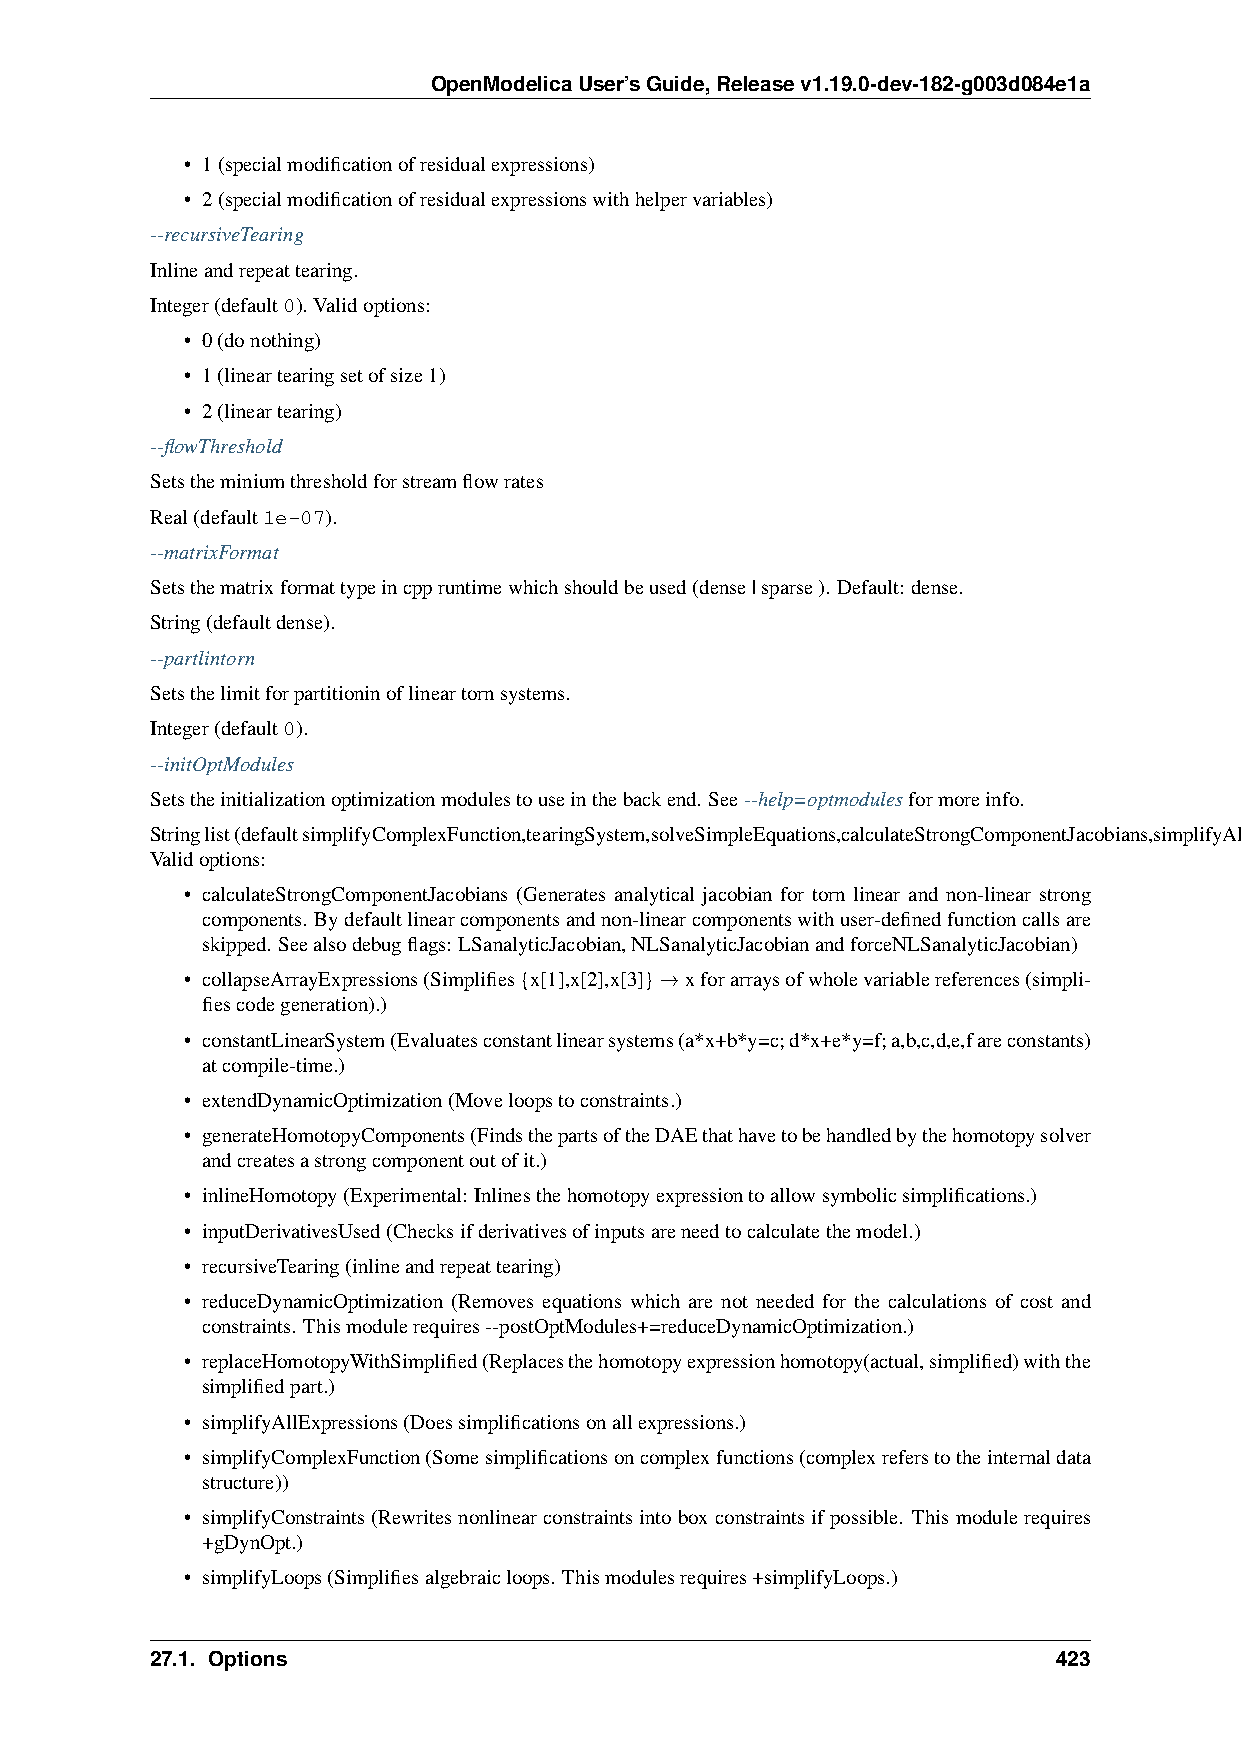
OpenModelicaUser’sGuide,Releasev1.19.0-dev-182-g003d084e1a
 • 1(specialmodificationofresidualexpressions)
 • 2(specialmodificationofresidualexpressionswithhelpervariables)
 --recursiveTearing
 Inlineandrepeattearing.
 Integer(default0). Validoptions:
 • 0(donothing)
 • 1(lineartearingsetofsize1)
 • 2(lineartearing)
 --flowThreshold
 Setstheminiumthresholdforstreamflowrates
 Real(default1e-07).
 --matrixFormat
 Setsthematrixformattypeincppruntimewhichshouldbeused(dense|sparse). Default: dense.
 String(defaultdense).
 --partlintorn
 Setsthelimitforpartitioninoflineartornsystems.
 Integer(default0).
 --initOptModules
 Setstheinitializationoptimizationmodulestouseinthebackend. See--help=optmodulesformoreinfo.
 Stringlist(defaultsimplifyComplexFunction,tearingSystem,solveSimpleEquations,calculateStrongComponentJacobians,simplifyAllExpressions,collapseArrayExpressions).
 Validoptions:
 • calculateStrongComponentJacobians (Generates analytical jacobian for torn linear and non-linear strong
 components. Bydefaultlinearcomponentsandnon-linearcomponentswithuser-definedfunctioncallsare
 skipped. Seealsodebugflags: LSanalyticJacobian,NLSanalyticJacobianandforceNLSanalyticJacobian)
 • collapseArrayExpressions(Simplifies{x[1],x[2],x[3]}→xforarraysofwholevariablereferences(simpli-
 fiescodegeneration).)
 • constantLinearSystem(Evaluatesconstantlinearsystems(a*x+b*y=c;d*x+e*y=f;a,b,c,d,e,fareconstants)
 atcompile-time.)
 • extendDynamicOptimization(Moveloopstoconstraints.)
 • generateHomotopyComponents(FindsthepartsoftheDAEthathavetobehandledbythehomotopysolver
 andcreatesastrongcomponentoutofit.)
 • inlineHomotopy(Experimental: Inlinesthehomotopyexpressiontoallowsymbolicsimplifications.)
 • inputDerivativesUsed(Checksifderivativesofinputsareneedtocalculatethemodel.)
 • recursiveTearing(inlineandrepeattearing)
 • reduceDynamicOptimization (Removes equations which are not needed for the calculations of cost and
 constraints. Thismodulerequires--postOptModules+=reduceDynamicOptimization.)
 • replaceHomotopyWithSimplified(Replacesthehomotopyexpressionhomotopy(actual,simplified)withthe
 simplifiedpart.)
 • simplifyAllExpressions(Doessimplificationsonallexpressions.)
 • simplifyComplexFunction(Somesimplificationsoncomplexfunctions(complexreferstotheinternaldata
 structure))
 • simplifyConstraints(Rewritesnonlinearconstraintsintoboxconstraintsifpossible. Thismodulerequires
 +gDynOpt.)
 • simplifyLoops(Simplifiesalgebraicloops. Thismodulesrequires+simplifyLoops.)
 27.1. Options                                               423